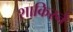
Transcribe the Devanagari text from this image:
शाकिरने